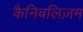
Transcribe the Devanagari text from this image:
कैनिबलिज़म